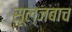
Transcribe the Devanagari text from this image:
सूल्जबाच